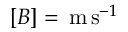
[ B ] = \, \mathrm { m } \, \mathrm { s } ^ { - 1 }